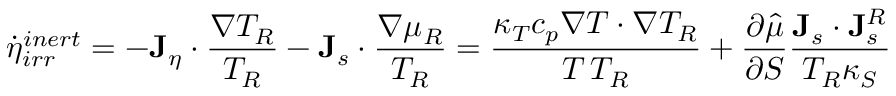
\dot { \eta } _ { i r r } ^ { i n e r t } = - { \bf J } _ { \eta } \cdot \frac { \nabla T _ { R } } { T _ { R } } - { \bf J } _ { s } \cdot \frac { \nabla \mu _ { R } } { T _ { R } } = \frac { \kappa _ { T } c _ { p } \nabla T \cdot \nabla T _ { R } } { T \, T _ { R } } + \frac { \partial \hat { \mu } } { \partial S } \frac { { \bf J } _ { s } \cdot { \bf J } _ { s } ^ { R } } { T _ { R } \kappa _ { S } }